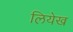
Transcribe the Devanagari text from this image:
लियेख